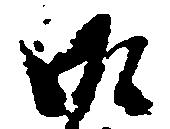
御